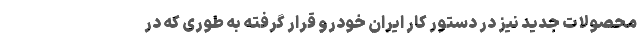
محصولات جدید نیز در دستور کار ایران خودرو قرار گرفته به طوری که در